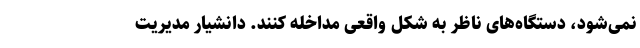
نمی‌شود، دستگاه‌های ناظر به شکل واقعی مداخله کنند. دانشیار مدیریت